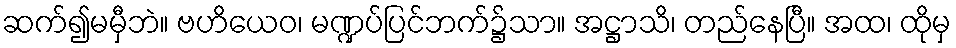
ဆက်၍မမှီဘဲ။ ဗဟိယေဝ၊ မဏ္ဍပ်ပြင်ဘက်၌သာ။ အဋ္ဌာသိ၊ တည်နေပြီ။ အထ၊ ထိုမှ